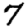
Digit: 7